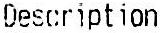
DESCRIPTION